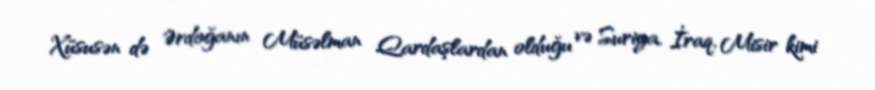
Xüsusən də Ərdoğanın Müsəlman Qardaşlardan olduğu və Suriya, İraq, Misir kimi